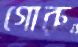
গোরু